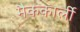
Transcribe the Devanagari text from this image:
मैककार्ली